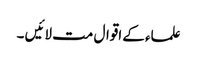
علماء کے اقوال مت لائیں ۔